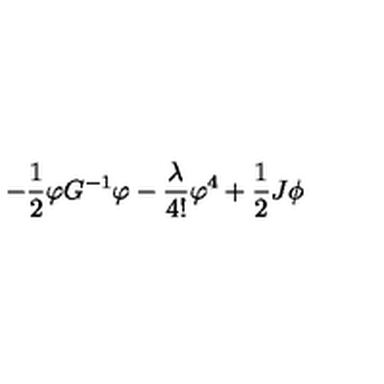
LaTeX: - \frac { 1 } { 2 } \varphi G ^ { - 1 } \varphi - \frac { \lambda } { 4 ! } \varphi ^ { 4 } + \frac { 1 } { 2 } J \phi